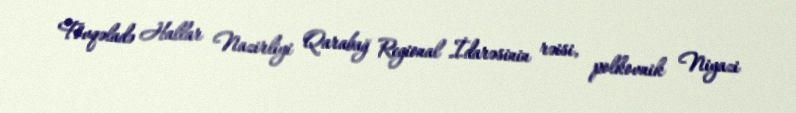
Fövqəladə Hallar Nazirliyi Qarabağ Regional İdarəsinin rəisi, polkovnik Niyazi